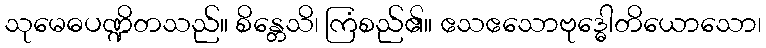
သုမေဓပဏ္ဍိတသည်။ စိန္တေသိ၊ ကြံစည်၏။ ဧသဧသောဗုဒ္ဓေါတိယောသော၊